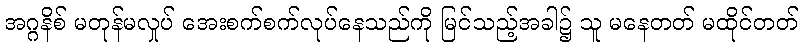
အဂ္ဂနိစ် မတုန်မလှုပ် အေးစက်စက်လုပ်နေသည်ကို မြင်သည့်အခါ၌ သူ မနေတတ် မထိုင်တတ်